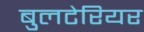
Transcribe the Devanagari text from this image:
बुलटेरियर